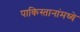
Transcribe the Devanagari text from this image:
पाकिस्तानांमध्ये